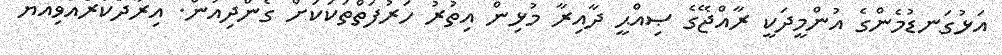
އަޅުގަނޑުމެންގެ އުންމީދަކީ ރާއްޖޭގެ ޞިއްޙީ ދާއިރާ މުޅިން އިތުރު ހަރުފަތްތަކަކަށް ގެންދިއުން. އިރާދަކުރެއްވިއްޔާ